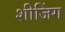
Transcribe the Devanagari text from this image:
शीजिंग